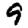
Digit: 9